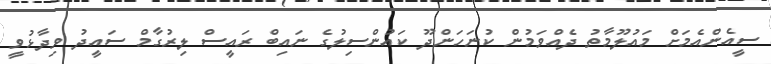
ސީއެންއެމަށް މައުލޫމާތު ދެއްވަމުން ކުނަހަންދޫ ކައުންސިލުގެ ނައިބް ރައީސް ލިރުގާމް ސައީދު ވިދާޅުވީ